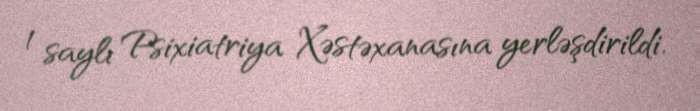
1 saylı Psixiatriya Xəstəxanasına yerləşdirildi.